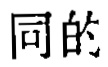
同的